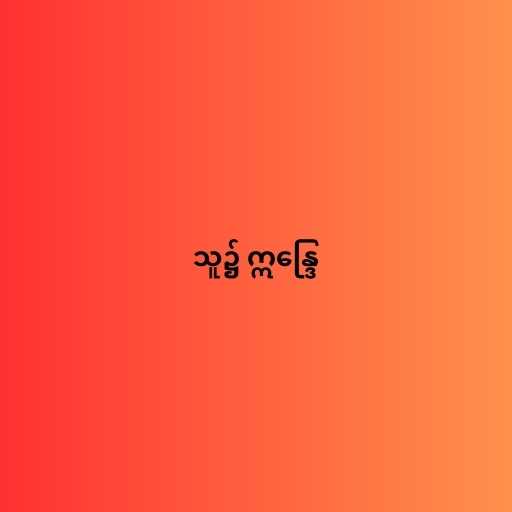
သူ၌ ဣန္ဒြေ